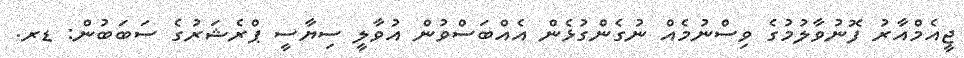
ޖީއެމްއާރު ފޮނުވާލުމުގެ ވިސްނުމެއް ނުގެންގުޅެން އެއްބަސްވުން އުވާލީ ސިޔާސީ ޕްރެޝަރުގެ ސަބަބުން: ޑރ.